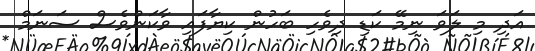
އަދި މި ލަވަ ނިމޭ ކަޑި ދިވެހި ބަހުން ކިޔާފައި ވާކަންވެސް ސަނަމް